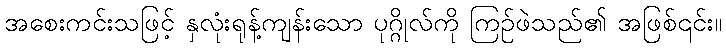
အစေးကင်းသဖြင့် နှလုံးရုန့်ကျန်းသော ပုဂ္ဂိုလ်ကို ကြဉ်ဖဲသည်၏ အဖြစ်၎င်း။